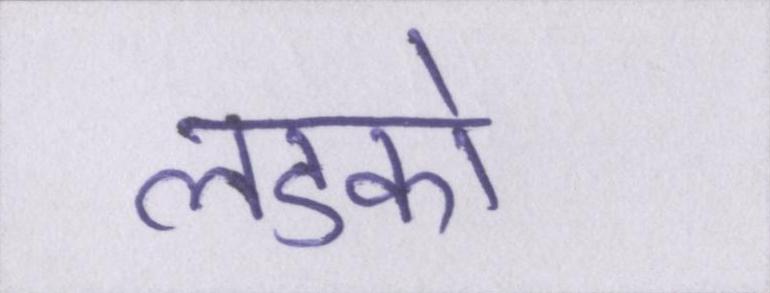
लडको